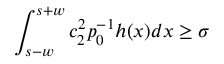
\int _ { s - w } ^ { s + w } c _ { 2 } ^ { 2 } p _ { 0 } ^ { - 1 } h ( x ) d x \ge \sigma